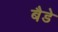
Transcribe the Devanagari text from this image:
बैडे